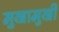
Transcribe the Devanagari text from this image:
मुखामुखी